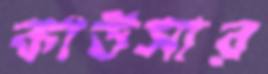
কাউসার